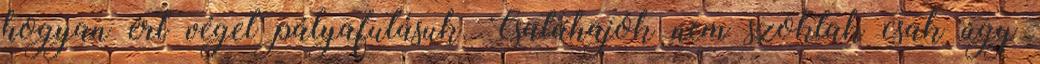
hogyan ért véget pályafutásuk. Csatahajók nem szoktak csak úgy